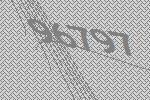
96797